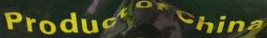
Produce Of China